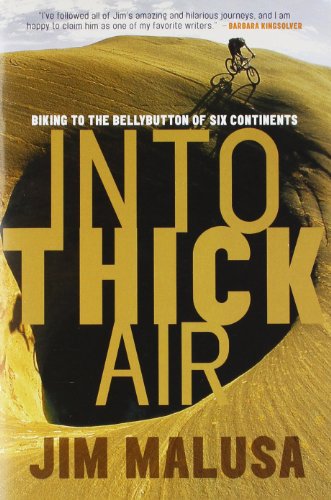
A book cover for Into Thick Air: Biking to the Bellybutton of Six Continents; Jim Malusa; Travel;